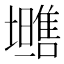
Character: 𱕡